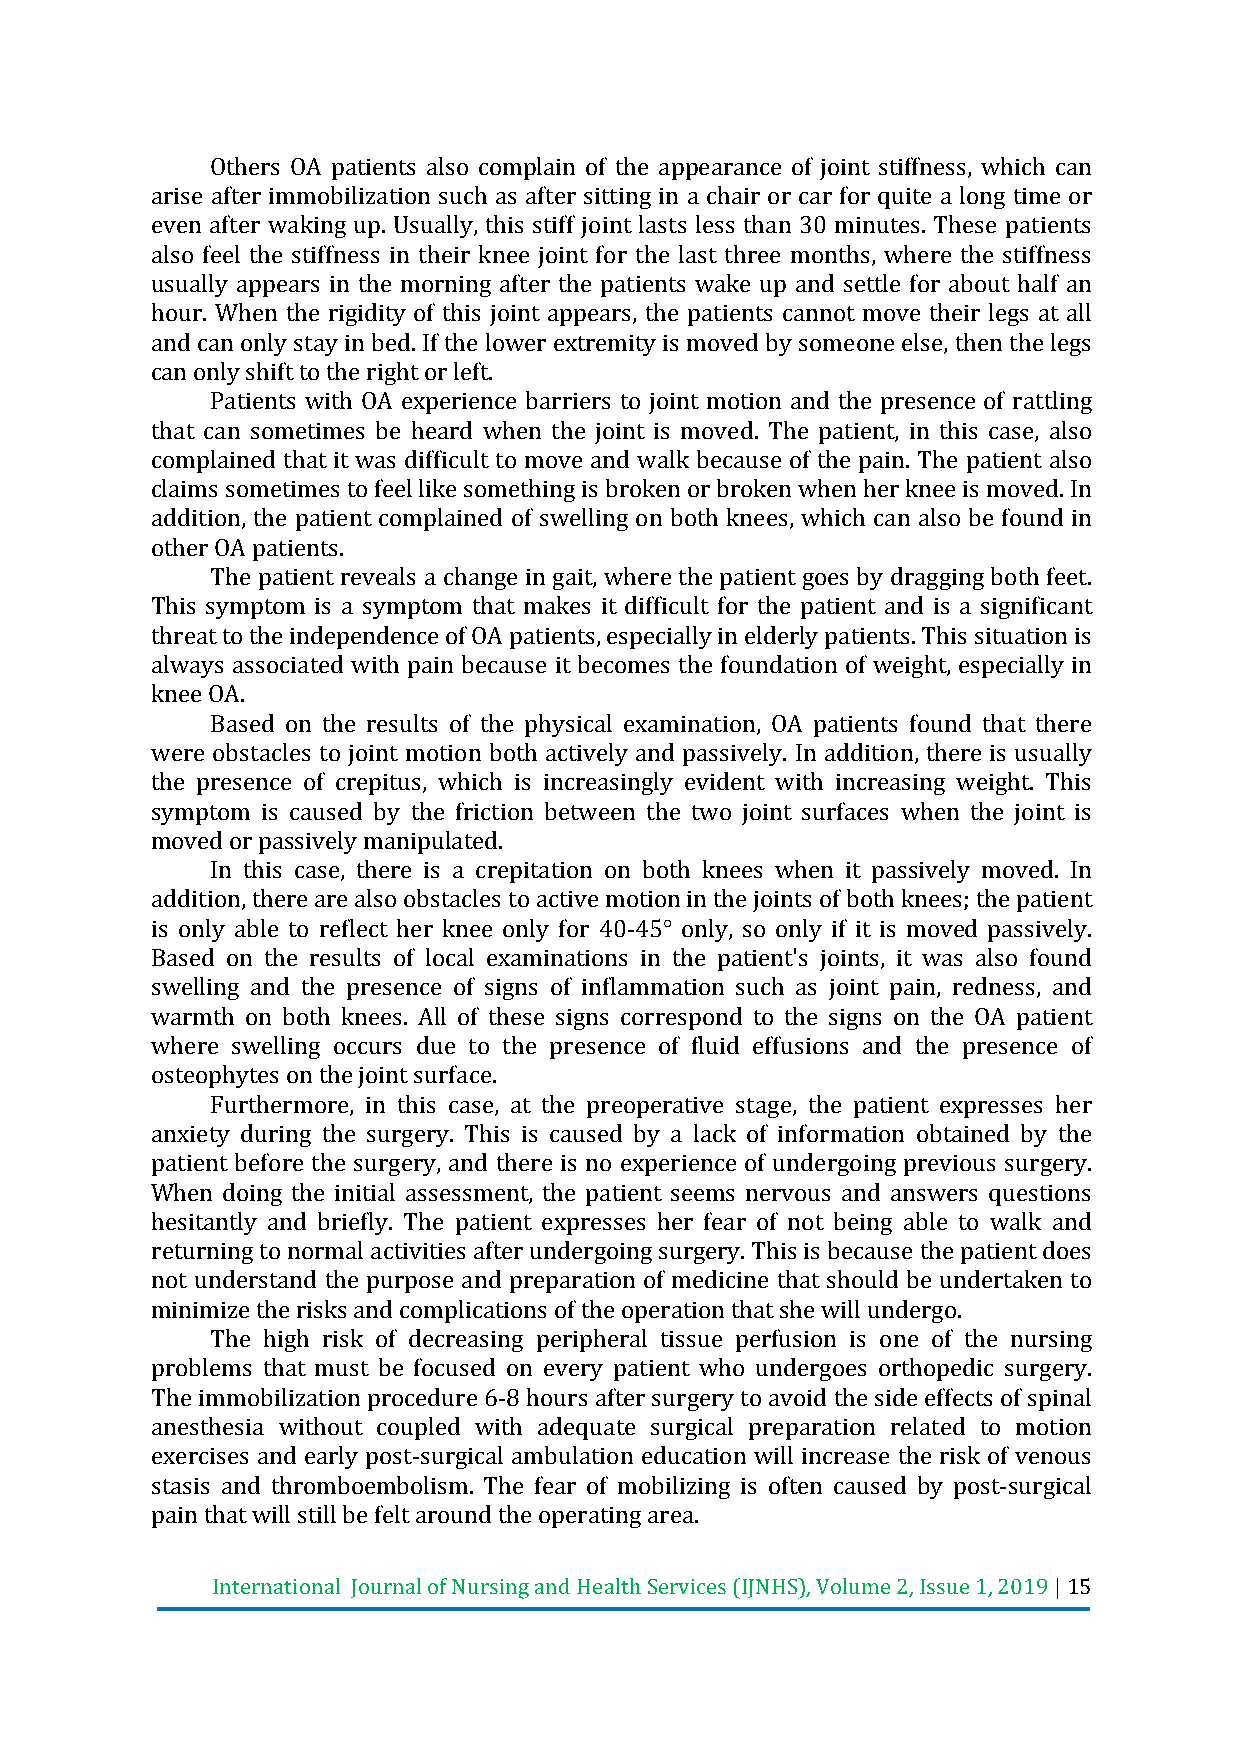
Others OA patients also complain of the appearance of joint stiffness, which can
 arise after immobilization such as after sitting in a chair or car for quite a long time or
 even after waking up. Usually, this stiff joint lasts less than 30 minutes. These patients
 also feel the stiffness in their knee joint for the last three months, where the stiffness
 usually appears in the morning after the patients wake up and settle for about half an
 hour. When the rigidity of this joint appears, the patients cannot move their legs at all
 and can only stay in bed. If the lower extremity is moved by someone else, then the legs
 can only shift to the right or left.
 Patients with OA experience barriers to joint motion and the presence of rattling
 that can sometimes be heard when the joint is moved. The patient, in this case, also
 complained that it was difficult to move and walk because of the pain. The patient also
 claims sometimes to feel like something is broken or broken when her knee is moved. In
 addition, the patient complained of swelling on both knees, which can also be found in
 other OA patients.
 The patient reveals a change in gait, where the patient goes by dragging both feet.
 This symptom is a symptom that makes it difficult for the patient and is a significant
 threat to the independence of OA patients, especially in elderly patients. This situation is
 always associated with pain because it becomes the foundation of weight, especially in
 knee OA.
 Based on the results of the physical examination, OA patients found that there
 were obstacles to joint motion both actively and passively. In addition, there is usually
 the presence of crepitus, which is increasingly evident with increasing weight. This
 symptom is caused by the friction between the two joint surfaces when the joint is
 moved or passively manipulated.
 In this case, there is a crepitation on both knees when it passively moved. In
 addition, there are also obstacles to active motion in the joints of both knees; the patient
 is only able to reflect her knee only for 40-45° only, so only if it is moved passively.
 Based on the results of local examinations in the patient's joints, it was also found
 swelling and the presence of signs of inflammation such as joint pain, redness, and
 warmth on both knees. All of these signs correspond to the signs on the OA patient
 where swelling occurs due to the presence of fluid effusions and the presence of
 osteophytes on the joint surface.
 Furthermore, in this case, at the preoperative stage, the patient expresses her
 anxiety during the surgery. This is caused by a lack of information obtained by the
 patient before the surgery, and there is no experience of undergoing previous surgery.
 When doing the initial assessment, the patient seems nervous and answers questions
 hesitantly and briefly. The patient expresses her fear of not being able to walk and
 returning to normal activities after undergoing surgery. This is because the patient does
 not understand the purpose and preparation of medicine that should be undertaken to
 minimize the risks and complications of the operation that she will undergo.
 The high risk of decreasing peripheral tissue perfusion is one of the nursing
 problems that must be focused on every patient who undergoes orthopedic surgery.
 The immobilization procedure 6-8 hours after surgery to avoid the side effects of spinal
 anesthesia without coupled with adequate surgical preparation related to motion
 exercises and early post-surgical ambulation education will increase the risk of venous
 stasis and thromboembolism. The fear of mobilizing is often caused by post-surgical
 pain that will still be felt around the operating area.
 International Journal of Nursing and Health Services (IJNHS), Volume 2, Issue 1, 2019 | 15